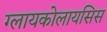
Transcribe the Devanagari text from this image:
ग्लायकोलायसिस